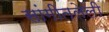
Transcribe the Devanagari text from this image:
सांगीतलेली